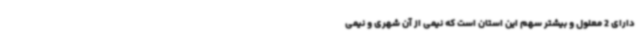
دارای 2 معلول و بیشتر سهم این استان است که نیمی از آن شهری و نیمی